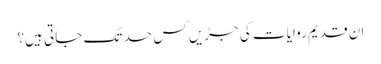
ان قدیم روایات کی جڑیں کس حد تک جاتی ہیں؟